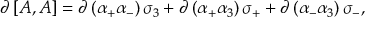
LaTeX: \partial \, \lbrack A , A \rbrack = \partial \, ( \alpha _ { + } \alpha _ { - } ) \, \sigma _ { 3 } + \partial \, ( \alpha _ { + } \alpha _ { 3 } ) \, \sigma _ { + } + \partial \, ( \alpha _ { - } \alpha _ { 3 } ) \, \sigma _ { - } ,